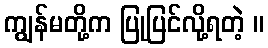
ကျွန်မတို့က ပြုပြင်လို့ရတဲ့ ။